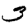
Digit: 3